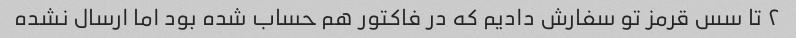
۲ تا سس قرمز تو سفارش دادیم که در فاکتور هم حساب شده بود اما ارسال نشده